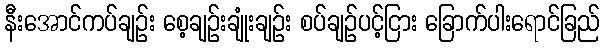
နီးအောင်ကပ်ချဉ်း စေ့ချဉ်းချုံးချဉ်း စပ်ချဉ်ပင့်ငြား ခြောက်ပါးရောင်ခြည်